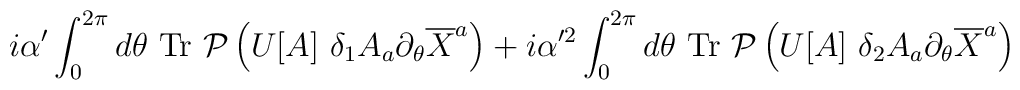
i\alpha' \int_0^{2\pi} d\theta ~{\rm Tr}~{\cal P} \left( U[A]~\delta_1 A_a \partial_{\theta} \overline{X}^a \right) + i\alpha'^2\int_0^{2\pi} d\theta ~{\rm Tr}~{\cal P} \left( U[A] ~\delta_2 A_a\partial_{\theta} \overline{X}^a \right)